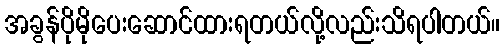
အခွန်ပိုမိုပေးဆောင်ထားရတယ်လို့လည်းသိရပါတယ်။